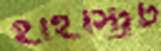
হাইস্ট্রিট